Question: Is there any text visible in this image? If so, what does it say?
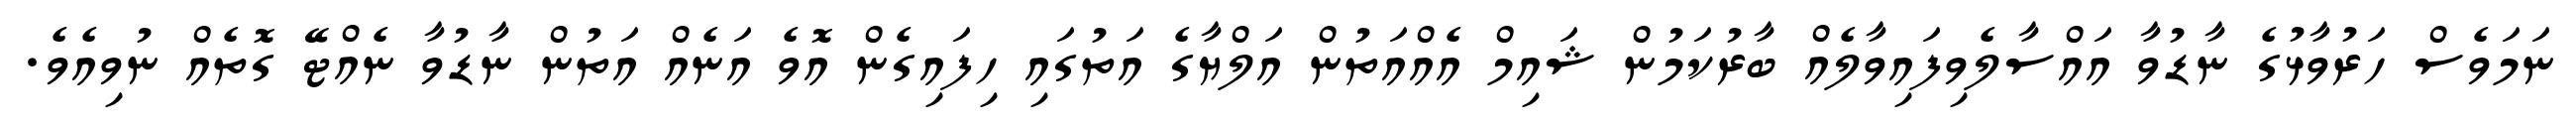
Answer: ނަމަވެސް ހަރުވާޅުގެ ނާޑުވާ އައްސާލެވިފައިވާލެއް ބާރުކަމުން ޝައިމް އެއްއަތުން އަލްޔާގެ އަތުގައި ހިފައިގެން އޮވެ އަނެއް އަތުން ނާޑުވާ ނެއްޓޭ ގޮތެއް ނުވިއެވެ.